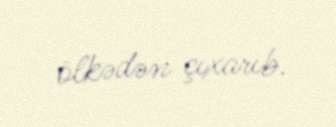
ölkədən çıxarıb.